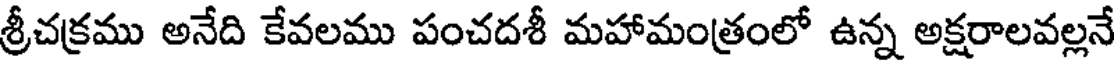
శ్రీచక్రము అనేది కేవలము పంచదశీ మహామంత్రంలో ఉన్న అక్షరాలవల్లనే